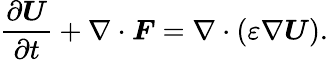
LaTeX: \frac{\partial\boldsymbol{U}}{\partial t}+\nabla\cdot\boldsymbol{F}=\nabla\cdot(\varepsilon\nabla\boldsymbol{U}).